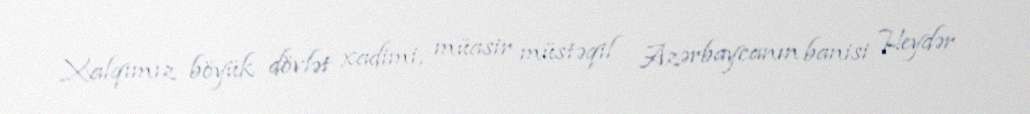
Xalqımız böyük dövlət xadimi, müasir müstəqil Azərbaycanın banisi Heydər